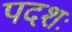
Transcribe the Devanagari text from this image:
पदशः